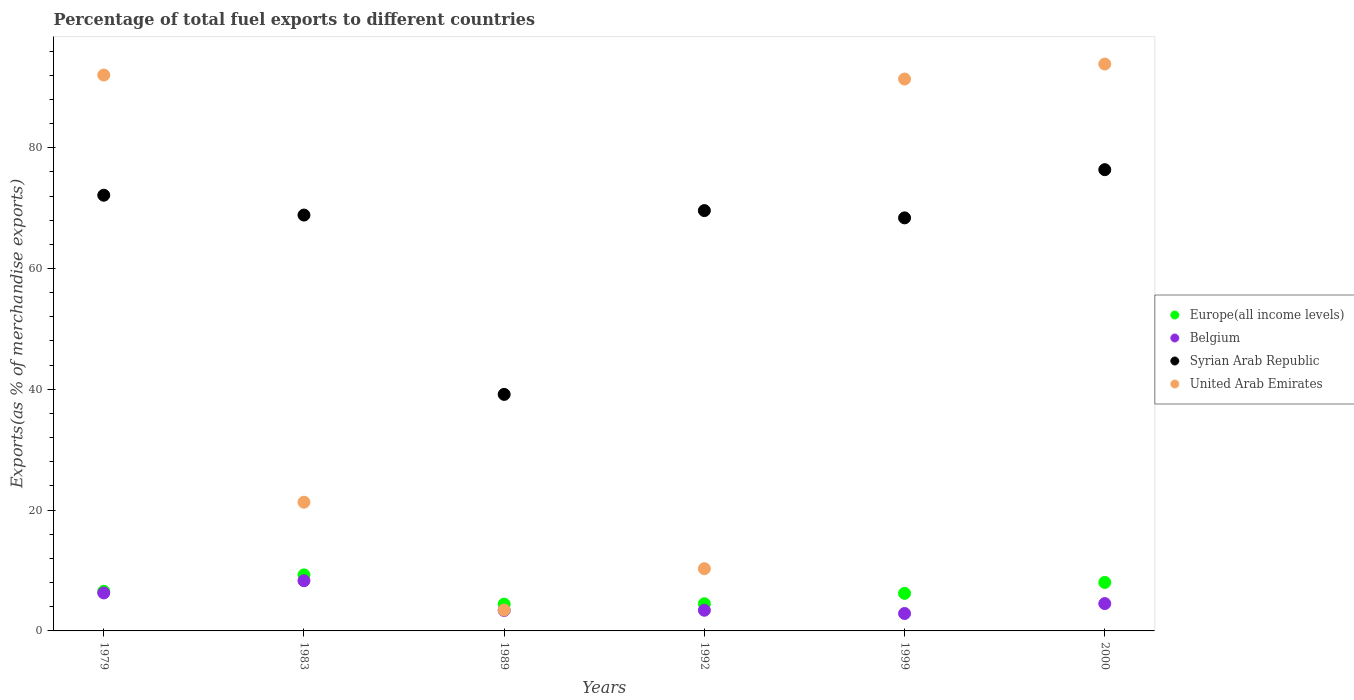
| Years | Europe(all income levels) | Belgium | Syrian Arab Republic | United Arab Emirates |
 | --- | --- | --- | --- | --- |
 | 1979 | 6.56 | 6.29 | 72.1 | 92 |
 | 1983 | 9.28 | 8.31 | 68.8 | 21.3 |
 | 1989 | 4.44 | 3.39 | 39.2 | 3.46 |
 | 1992 | 4.5 | 3.42 | 69.6 | 10.3 |
 | 1999 | 6.22 | 2.89 | 68.4 | 91.4 |
 | 2000 | 8.03 | 4.53 | 76.4 | 93.8 |